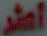
أمر